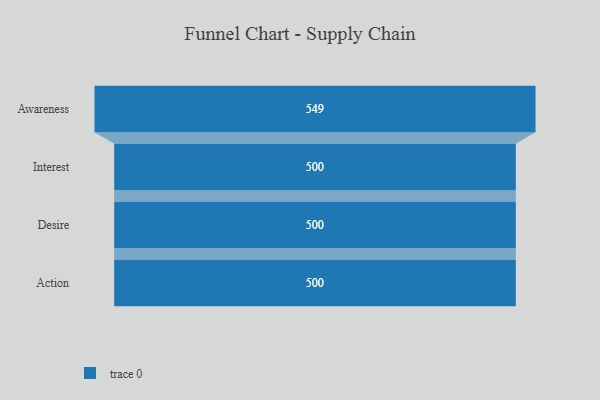
{"axis": {"x": "Stage", "y": "Value"}, "legend": [""], "data": [{"x": "Awareness", "y": 549.0, "type": ""}, {"x": "Interest", "y": 500, "type": ""}, {"x": "Desire", "y": 500, "type": ""}, {"x": "Action", "y": 500, "type": ""}]}